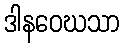
ဒါနဝေဃသာ